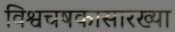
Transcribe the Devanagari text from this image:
विश्वचषकासारख्या